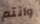
وانتم